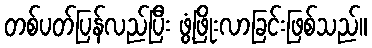
တစ်ပတ်ပြန်လည်ပြီး ဖွံ့ဖြိုးလာခြင်းဖြစ်သည်။